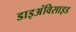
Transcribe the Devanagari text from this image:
डाइअंविसाइड